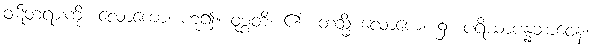
ဝဋ်တရားကို။ လောကော၊ ဟူ၍။ ဝုစ္စတိ၊ ၏။ တသ္မိံ လောကေ၊ ၌။ ပရိယာပန္နဘာဝေန၊